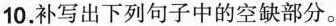
10.补写出下列句子中的空缺部分。